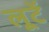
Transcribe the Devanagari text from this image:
लूटें